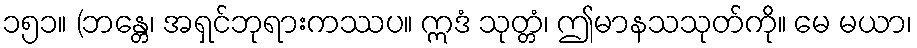
၁၅၁။ (ဘန္တေ၊ အရှင်ဘုရားကဿပ။ ဣဒံ သုတ္တံ၊ ဤမာနသသုတ်ကို။ မေ မယာ၊